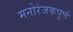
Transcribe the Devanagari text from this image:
मनोरंजकपूर्ण